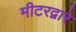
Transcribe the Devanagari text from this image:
मीटरद्वारे